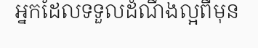
អ្នកដែលទទួលដំណឹងល្អពីមុន